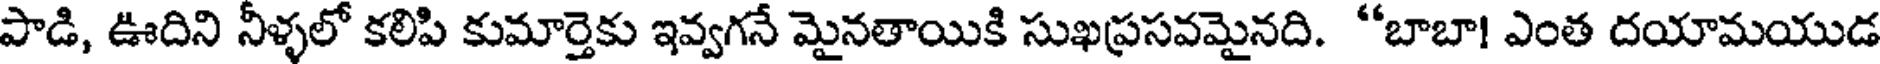
పాడి, ఊదిని నీళ్ళలో కలిపి కుమార్తెకు ఇవ్వగనే మైనతాయికి సుఖప్రసవమైనది. "బాబా! ఎంత దయామయుడ